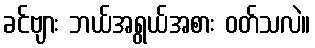
ခင်ဗျား ဘယ်အရွယ်အစား ဝတ်သလဲ။